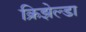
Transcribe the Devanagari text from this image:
क्रिझेल्डा